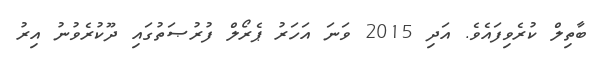
ބާތިލް ކުރެވިފައެވެ. އަދި 2015 ވަނަ އަހަރު ޕެރޯލް ފުރުޞަތުގައި ދޫކުރެވުނު އިރު